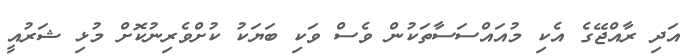
އަދި ރާއްޖޭގެ އެކި މުއައްސަސާތަކުން ވެސް ވަކި ބަޔަކު ކުށްވެރިނުކޮށް މުޅި ޝަރުއީ